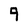
Character: 9